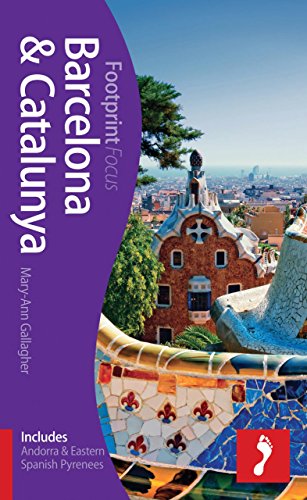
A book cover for Barcelona & Catalunya Focus Guide: Includes Andorra & Eastern Spanish Pyrenees (Footprint Focus); Mary-Ann Gallagher; Travel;